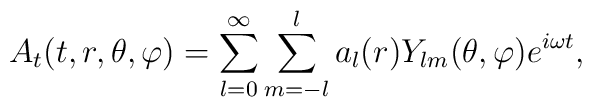
A_{t}(t,r,\theta,\varphi)=\sum_{l=0}^{\infty}\sum_{m=-l}^{l}a_{l}(r)Y_{lm}(\theta,\varphi)e^{i\omega t},